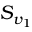
S _ { v _ { 1 } }